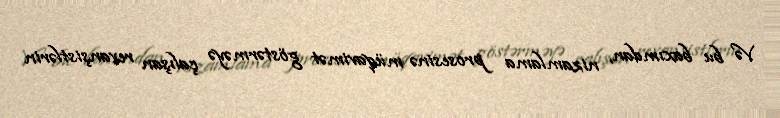
Və bu baxımdan, nizamlama prosesinə müqavimət göstərməyə çalışan revanşistlərin